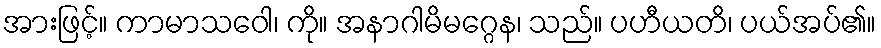
အားဖြင့်။ ကာမာသဝေါ၊ ကို။ အနာဂါမိမဂ္ဂေန၊ သည်။ ပဟီယတိ၊ ပယ်အပ်၏။